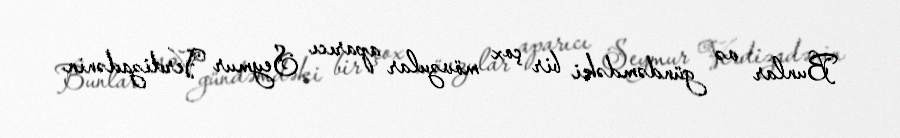
Bunlar və gündəmdəki bir çox mövzular aparıcı Seymur Verdizadənin